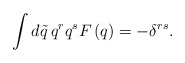
\begin{align*}\int d\tilde q\, q^rq^sF\left( q\right) =-\delta ^{rs}.\end{align*}